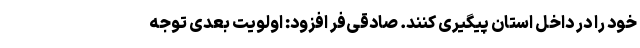
خود را در داخل استان پیگیری کنند. صادقی‌فر افزود: اولویت بعدی توجه